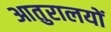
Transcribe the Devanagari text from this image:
आतुरालयों